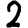
Digit: 2